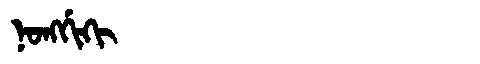
Manchu: ᠨᠣᠩᡤᡳᡴᡳ
Romanization: NONGGIKI